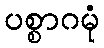
ပစ္စာဂမုံ